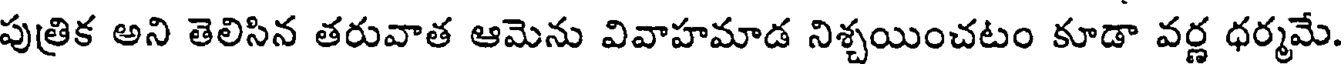
పుత్రిక అని తెలిసిన తరువాత ఆమెను వివాహమాడ నిశ్చయించటం కూడా వర్ణ ధర్మమే.